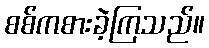
စစ်ကစားခဲ့ကြသည်။